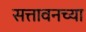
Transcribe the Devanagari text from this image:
सत्तावनच्या